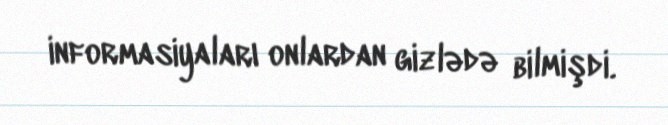
informasiyaları onlardan gizlədə bilmişdi.